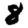
Digit: 8